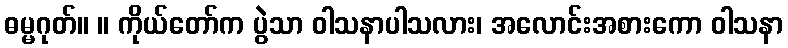
ဓမ္မဂုတ်။ ။ ကိုယ်တော်က ပွဲသာ ဝါသနာပါသလား၊ အလောင်းအစားကော ဝါသနာ